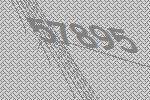
57895